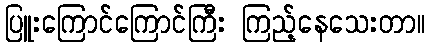
ပြူးကြောင်ကြောင်ကြီး ကြည့်နေသေးတာ။